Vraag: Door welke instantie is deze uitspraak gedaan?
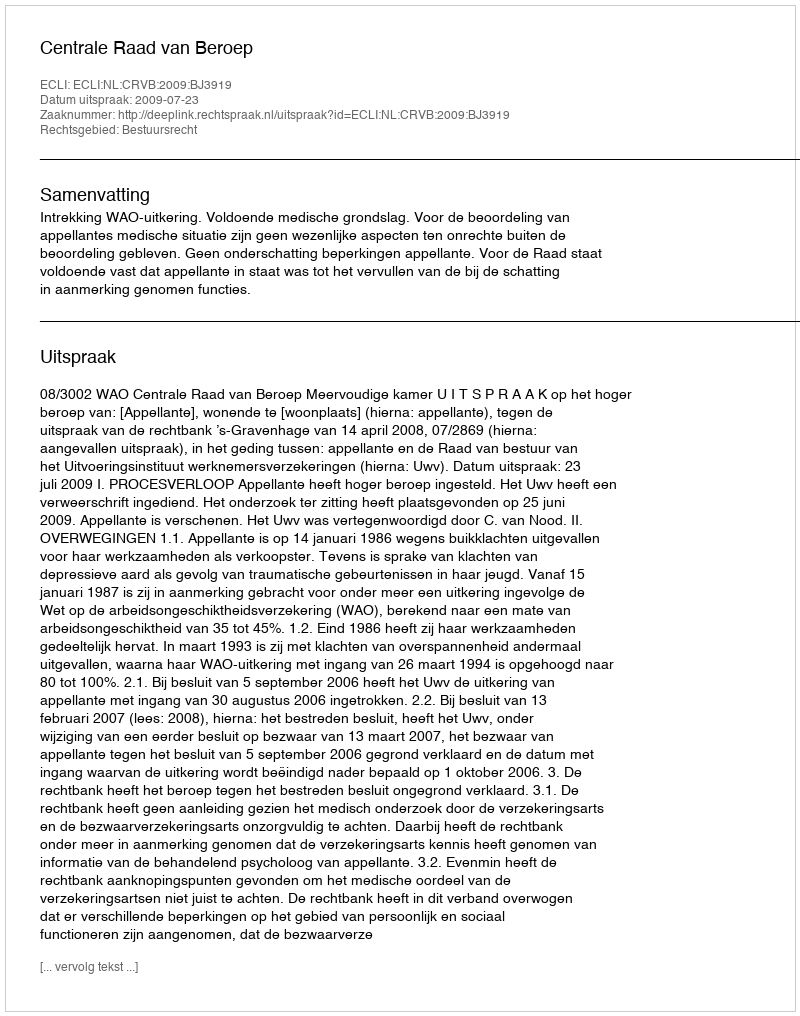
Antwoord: Centrale Raad van Beroep